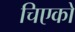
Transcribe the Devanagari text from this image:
चिएको